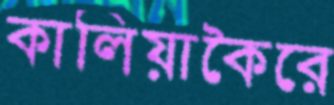
কালিয়াকৈরে